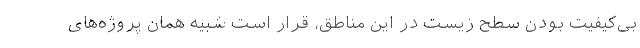
بی‌کیفیت بودنِ سطح زیست در این مناطق، قرار است شبیه همان پروژه‌های